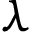
\lambda